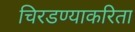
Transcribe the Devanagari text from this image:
चिरडण्याकरिता